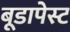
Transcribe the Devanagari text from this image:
बूडापेस्ट